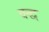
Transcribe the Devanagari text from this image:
वद्ध